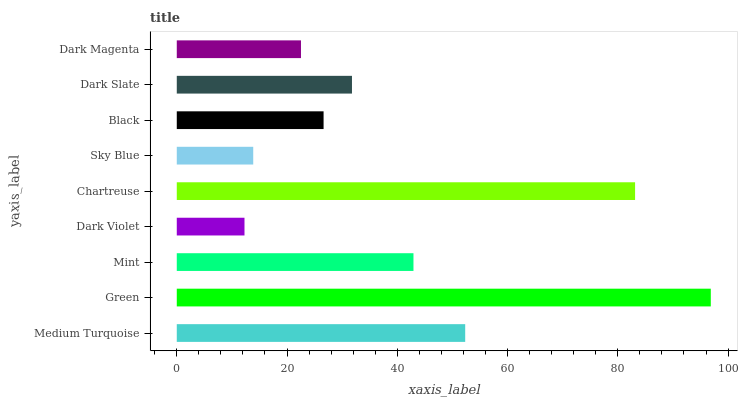
| yaxis_label | bars |
 | --- | --- |
 | Medium Turquoise | 52.3 |
 | Green | 96.9 |
 | Mint | 42.9 |
 | Dark Violet | 12.3 |
 | Chartreuse | 83.1 |
 | Sky Blue | 13.9 |
 | Black | 26.6 |
 | Dark Slate | 31.8 |
 | Dark Magenta | 22.5 |